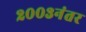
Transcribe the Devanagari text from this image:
२००३नंतर